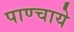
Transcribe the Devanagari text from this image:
पाण्चाये